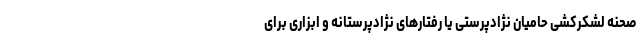
صحنه لشکرکشی حامیان نژادپرستی یا رفتارهای نژادپرستانه و ابزاری برای